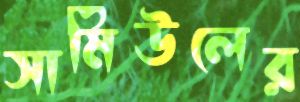
সামিউলের